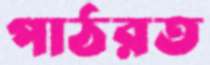
পাঠরত